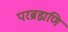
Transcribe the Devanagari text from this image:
परब्रह्मणि